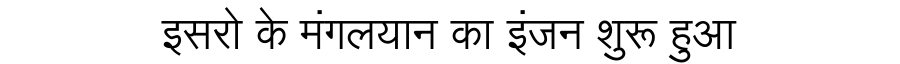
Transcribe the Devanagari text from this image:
इसरो के मंगलयान का इंजन शुरू हुआ